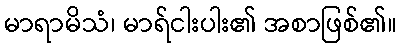
မာရာမိသံ၊ မာရ်ငါးပါး၏ အစာဖြစ်၏။